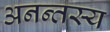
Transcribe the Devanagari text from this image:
अनन्तस्य